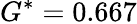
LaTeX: G^{*}=0.667